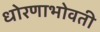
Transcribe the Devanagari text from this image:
धोरणाभोवती